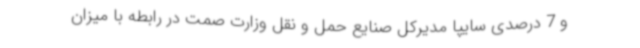
و 7 درصدی سایپا مدیرکل صنایع حمل و نقل وزارت صمت در رابطه با میزان